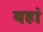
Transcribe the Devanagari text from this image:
यहां